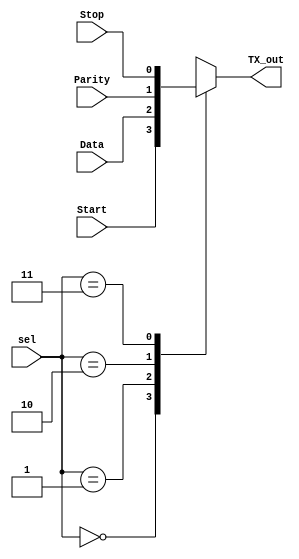
module TX_mux(Start,Data,Parity,Stop,sel,TX_out);
  input Start,Data,Parity,Stop;
  input [1:0] sel;
  output reg TX_out;
  
  always @(sel,Data,Parity) begin
  case (sel) 
   2'b00 : TX_out = Start;
	2'b01 : TX_out = Data;
	2'b10 : TX_out = Parity;
	2'b11 : TX_out = Stop;
	default : TX_out = 1'b0;
  endcase
 end
endmodule